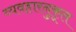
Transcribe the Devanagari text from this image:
व्यवहारनुकूल